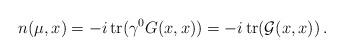
LaTeX: \begin{align*} n (\mu ,x) = -i \, {\rm tr} (\gamma^0 G(x,x))=-i \, {\rm tr} (\mathcal{G}(x,x))\,.\end{align*}